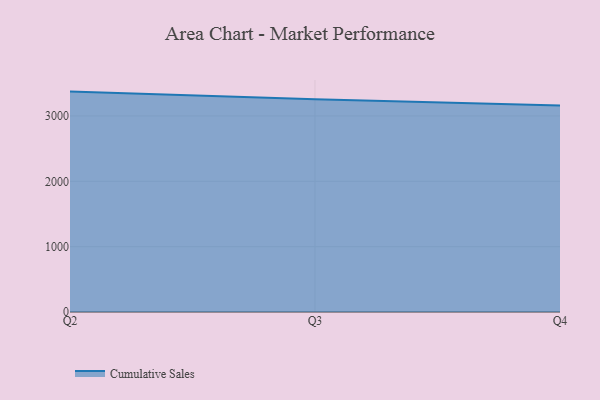
{"axis": {"x": "Quarter", "y": "Production Output"}, "legend": ["Cumulative Sales"], "data": [{"x": "Q2", "y": 3372.6, "type": "Cumulative Sales"}, {"x": "Q3", "y": 3256.3, "type": "Cumulative Sales"}, {"x": "Q4", "y": 3160.8, "type": "Cumulative Sales"}]}